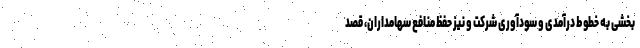
بخشی به خطوط درآمدی و سودآوری شرکت و نیز حفظ منافع سهامداران، قصد